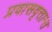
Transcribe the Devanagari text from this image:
प्रवासवृत्तान्त